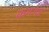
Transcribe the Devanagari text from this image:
कयगर